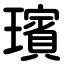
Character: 璸